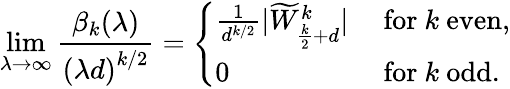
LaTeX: \operatorname*{lim}_{\lambda\rightarrow\infty}\displaystyle\frac{\beta_{k}(\lambda)}{\left(\lambda d\right)^{k/2}}=\left\{ \begin{array}{ll}{\frac{1}{d^{k/2}}|\widetilde{W}_{\frac{k}{2}+d}^{k}|}&{\mathrm{~for~}k\mathrm{~even},}\\ {0}&{\mathrm{~for~}k\mathrm{~odd.}}\end{array}\right.